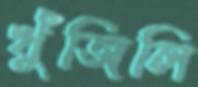
খুঁজিলি